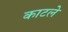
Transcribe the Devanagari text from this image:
काटले